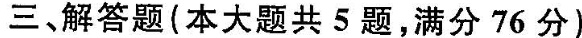
三、解答题(本大题共5题，满分76分)